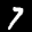
Label: 7